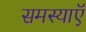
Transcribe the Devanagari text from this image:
समस्याऍ